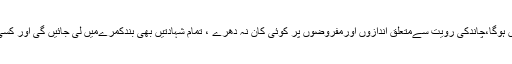
اُن کا کہنا تھاکہ رویت ہلال کمیٹی کااجلاس بندکمرےمیں ہوگا،چاندکی رویت سےمتعلق اندازوں اورمفروضوں پر کوئی کان نہ دھرے ، تمام شہادتیں بھی بندکمرےمیں لی جائیں گی اور کسی کو کوئی خبرلیک کرنےکی اجازت نہیں دی جائے گی۔